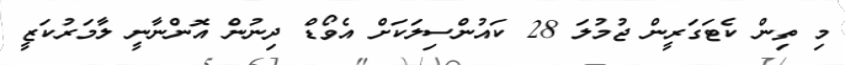
މި ތިން ކެޓަގަރީން ޖުމުލަ 28 ކައުންސިލަކަށް އެވޯޑް ދިނުން އޮންނާނީ ލާމަރުކަޒީ